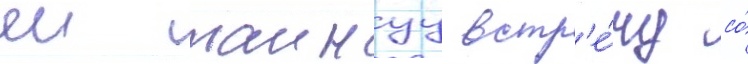
еи таинуу встр'е́чу со́